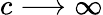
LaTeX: c\longrightarrow\infty